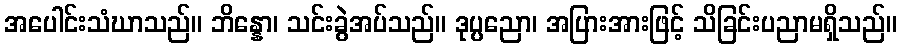
အပေါင်းသံဃာသည်။ ဘိန္နော၊ သင်းခွဲအပ်သည်။ ဒုပ္ပညော၊ အပြားအားဖြင့် သိခြင်းပညာမရှိသည်။